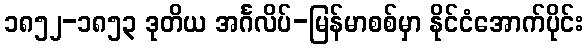
၁၈၅၂-၁၈၅၃ ဒုတိယ အင်္ဂလိပ်-မြန်မာစစ်မှာ နိုင်ငံအောက်ပိုင်း